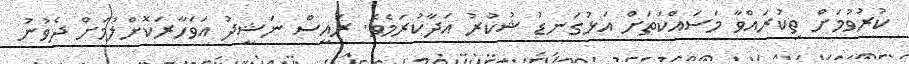
ކުރުވުމަށް ތިކުރައްވާ މަސައްކަތަށް އަޅުގަނޑު ޝުކުރު އަދާކުރަމެވެ. ރައީސް ނަޝީދު އަވަހާރަކޮށްލުމަށް ދެވުނު